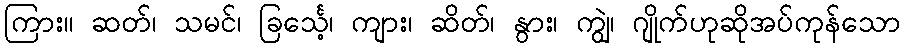
ကြား။ ဆတ်၊ သမင်၊ ခြင်္သေ့၊ ကျား၊ ဆိတ်၊ နွား၊ ကျွဲ၊ ဂျိုက်ဟုဆိုအပ်ကုန်သော